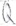
Text: Q